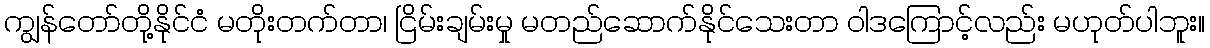
ကျွန်တော်တို့နိုင်ငံ မတိုးတက်တာ၊ ငြိမ်းချမ်းမှု မတည်ဆောက်နိုင်သေးတာ ဝါဒကြောင့်လည်း မဟုတ်ပါဘူး။